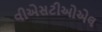
વીએસટીઓએલ